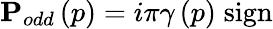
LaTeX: \mathbf{P}_{odd}\left(p\right)=i\pi\gamma\left(p\right)\; \mathrm{sign}